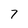
Character: 7